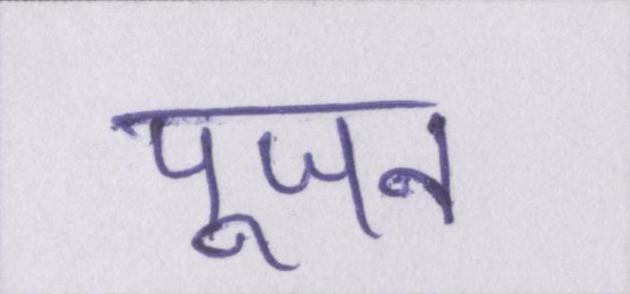
पूजन